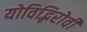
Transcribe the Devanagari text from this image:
योविद्भिरोवी